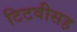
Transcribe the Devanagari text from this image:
टिटवीसह